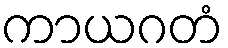
ကာယဂတံ